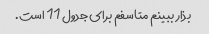
بذار ببینم متاسفم برای جدول 11 است.